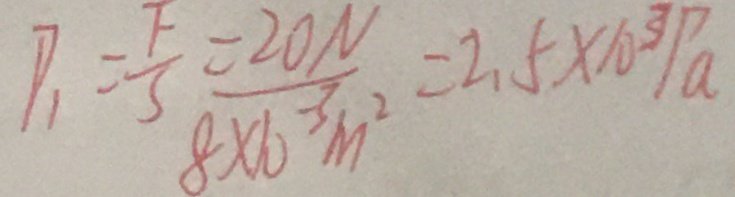
P _ { 1 } = \frac { F } { 3 } \times \frac { 2 0 N } { 8 \angle 1 0 ^ { - 3 } m ^ { 2 } } = 2 . 5 \times 1 0 ^ { 3 } p a